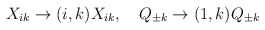
\begin{align*}X_{ik}\to (i,k)X_{ik}, \quad Q_{\pm k}\to (1,k)Q_{\pm k}\end{align*}